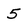
Character: 5